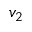
v _ { 2 }